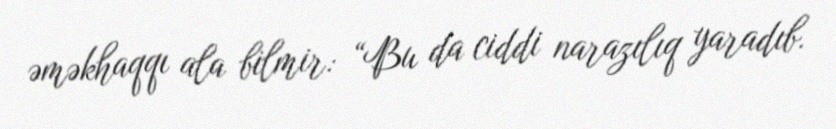
əməkhaqqı ala bilmir: “Bu da ciddi narazılıq yaradıb.